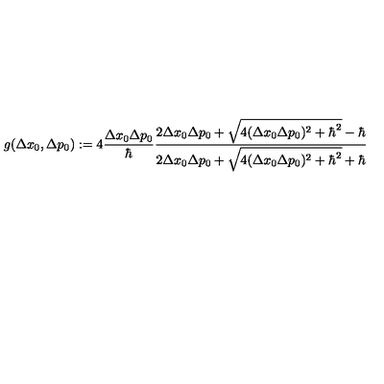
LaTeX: g ( \Delta x _ { 0 } , \Delta p _ { 0 } ) : = 4 \frac { \Delta x _ { 0 } \Delta p _ { 0 } } { \hbar } \frac { 2 \Delta x _ { 0 } \Delta p _ { 0 } + \sqrt { 4 ( \Delta x _ { 0 } \Delta p _ { 0 } ) ^ { 2 } + { \hbar } ^ { 2 } } - \hbar } { 2 \Delta x _ { 0 } \Delta p _ { 0 } + \sqrt { 4 ( \Delta x _ { 0 } \Delta p _ { 0 } ) ^ { 2 } + { \hbar } ^ { 2 } } + \hbar }